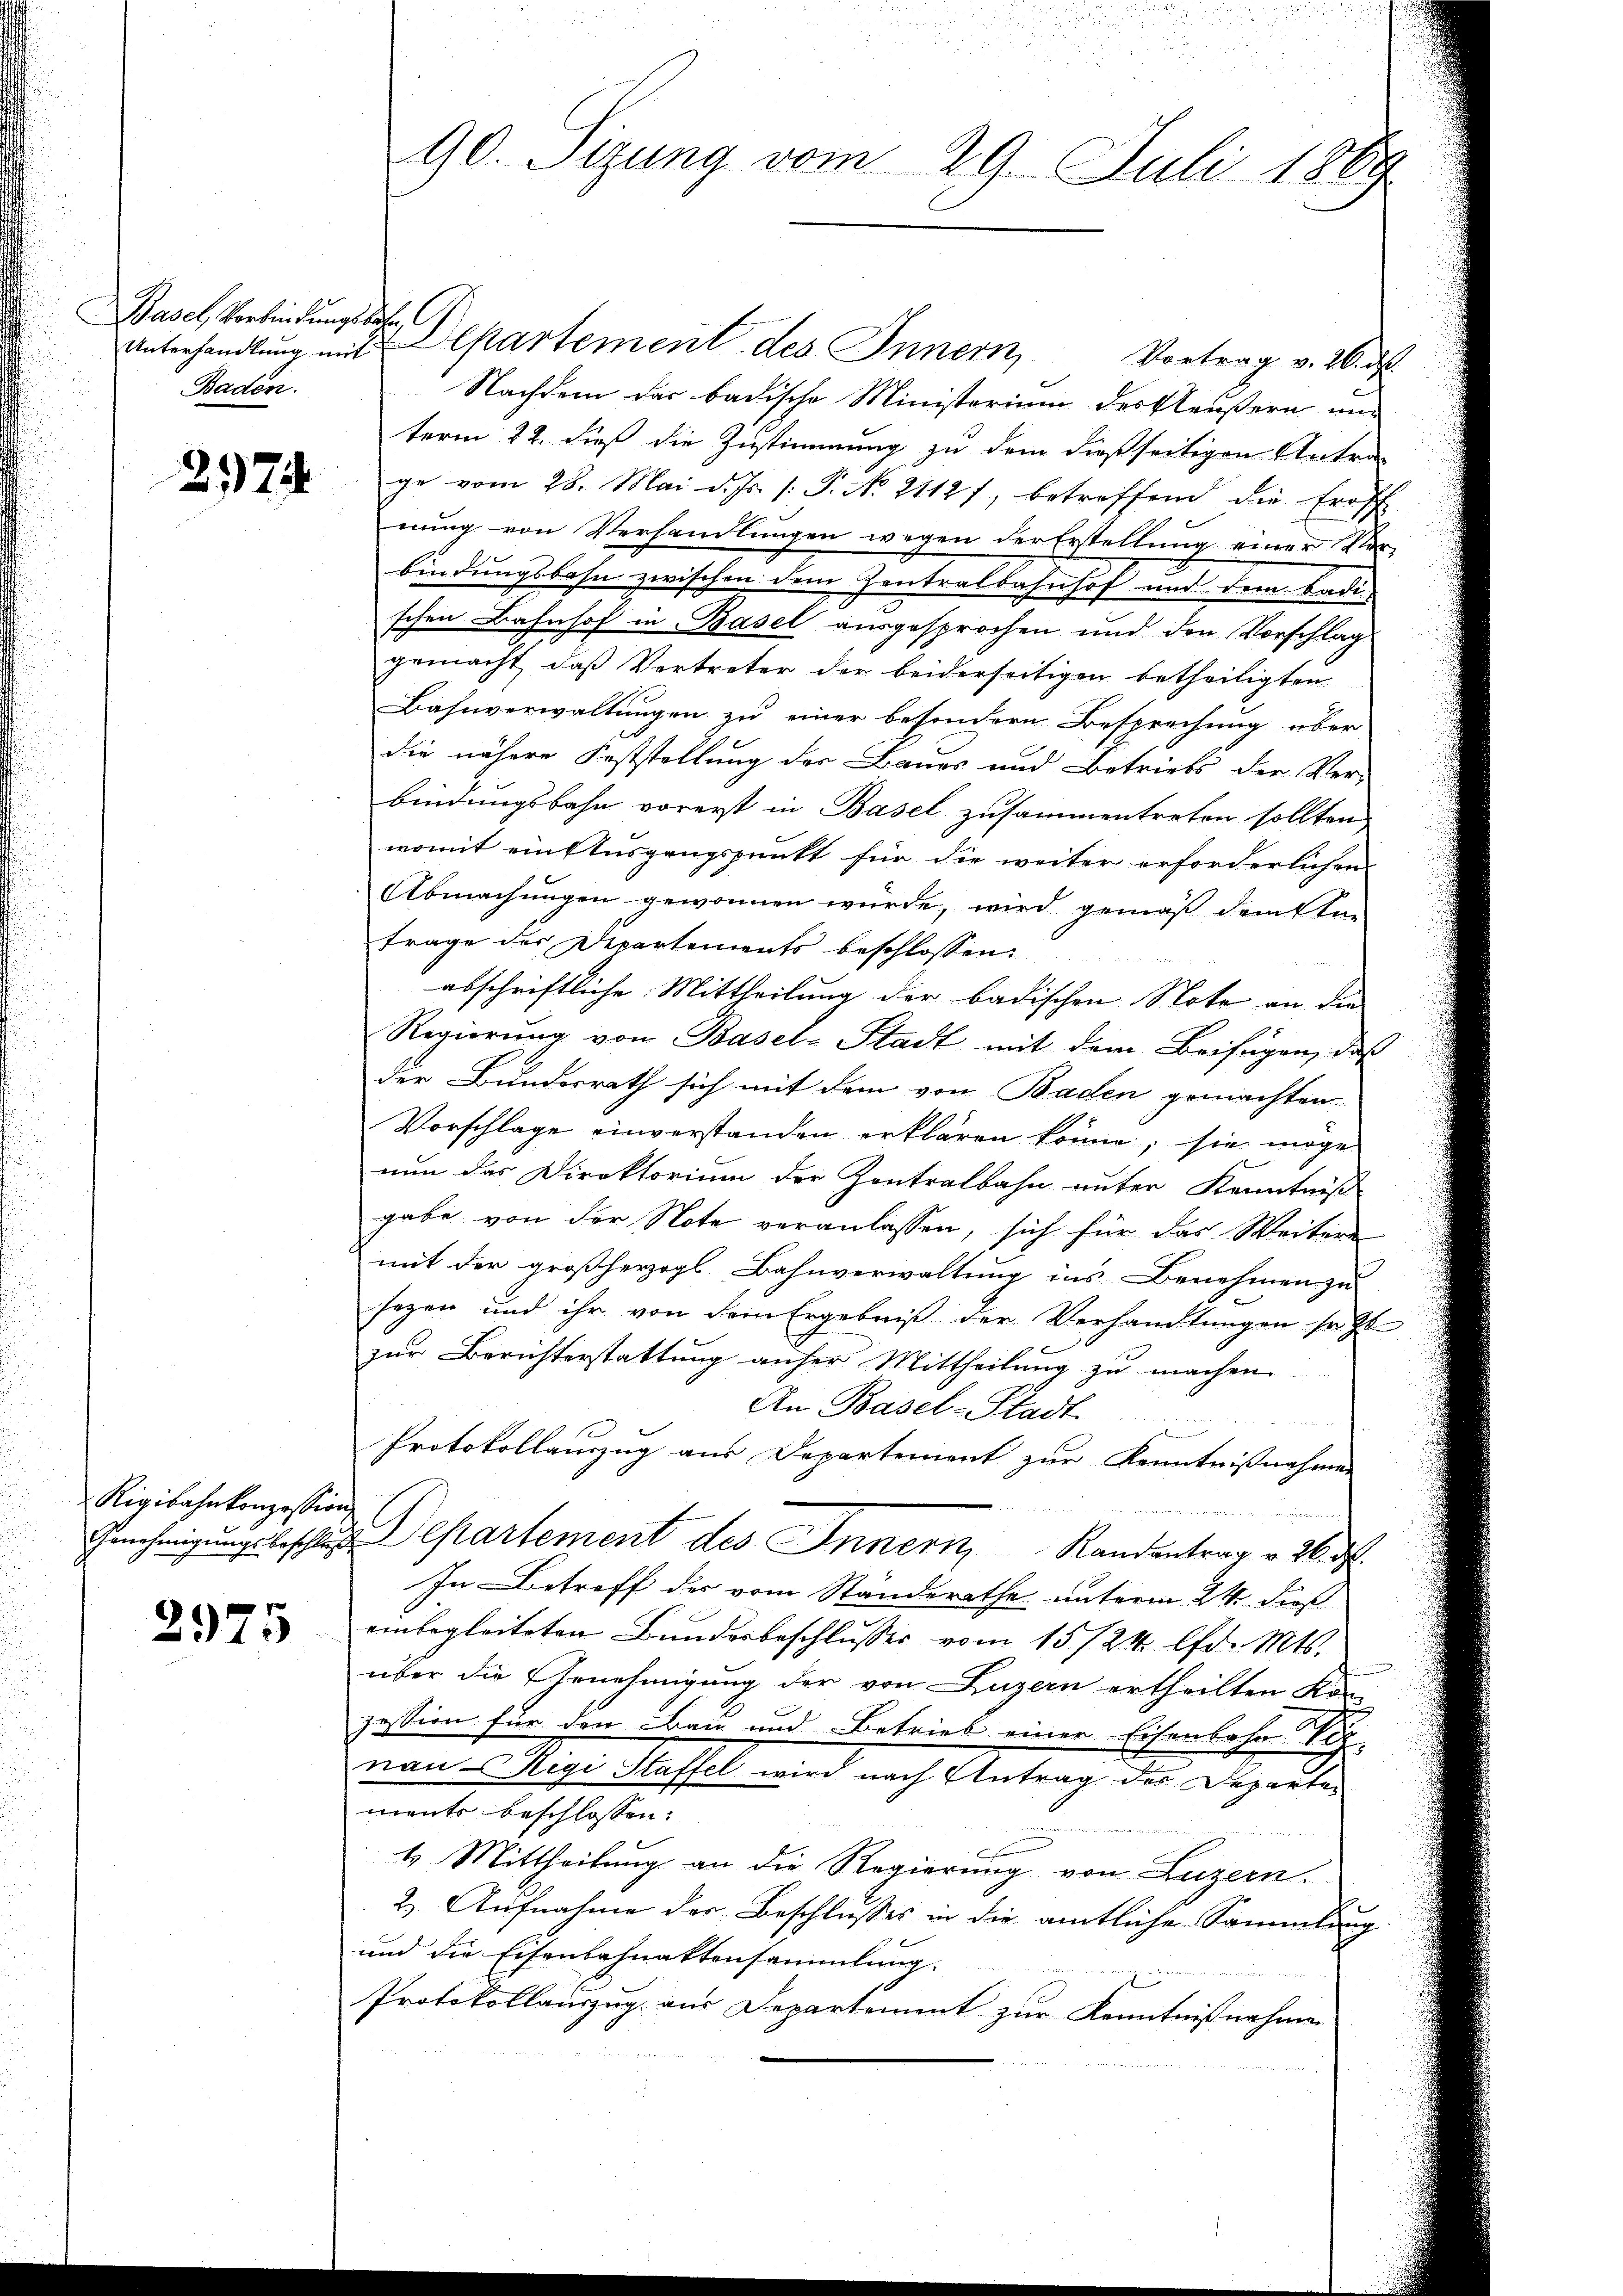
Basel, Verbindungsbahn
Baden.

2175

Rigibahnkonzession
Genehmigungsbeschlus

2975

90. Sizung vom 29. Juli 1869

Unterhandlung mit Departement des Innern,
Vortrag v. 26. d.
Nachdem das badische Ministerium der Pläußern und
term 22. dieß die Zustimmung zu dem dießseitigen Antra-
ge vom 28. Mai d. Js. /: P. No. 2112), betreffend die Eröff
nung von Verhandlungen wegen der Erstellung einer Ver-
bindungsbahn zwischen dem Zentralbahnhof und dem Badischen Bahnhof in Basel ausgesprochen und den Vorschlag
gemacht, das Vertreter der beiderseitigen betheiligten
Bahnverwaltungen zu einer besondern Besprechung über
die nähere Feststellung der Baues und Betriebs der Ver-
bindungsbahn vorerst in Basel zusammentreten sollten,
womit einflusgangspunkt für die weiter erforderlichen
Abmachungen gewonnen wurde, wird gemäß dem Stie
frage der Departements beschlossen:
abschriftliche Mittheilung der badischen Note an die
Regierung von Basel-Stadt mit dem Beifügen, daß
der Bundesrath sich mit dem von Baden gemachten
Vorschlage einverstanden erklären könne, sie möge
nun das Direktorium der Zentralbahn unter Kenntniß
gabe von der Note veranlassen, sich für das Weiten
mit der großherzogl. Bahnverwaltung ins Benehmen zu
sezen und ihr von dem Ergebniß der Verhandlungen sr. Z
zur Berichterstattung anher Mittheilung zu machen.
An Basel-Stadt.
Protokollauzug aus Departement zur Kenntnißnahmen
Departement des Innern Randentrag v. 26. d
In Betreff der vom Standerathe unterm 24. dieß
einbegleiteten Bundesbeschlusses vom 15./24. d. Mts.
über die Genehmigung der von Luzern ertheilten Kön
jession für den Bau und Betrieb einer Eisenbahn
nan Rigi Klaffel wird nach Antrag der Departen
ments beschlossen:
4 Mittheilung an die Regierung von Luzern
2.) Aufnahme der Beschlusses in die amtliche Sammlung
und die Eisenbahnaktensammlung.
Protokollauszug aus Departement zur Kenntnißnahme